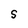
Character: S